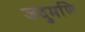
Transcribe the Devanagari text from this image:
जदुमणि